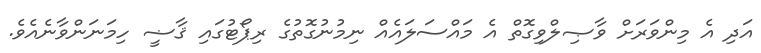
އަދި އެ މިންވަރަށް ވާޞިލްވިގޮތް އެ މައްސަލައެއް ނިމުނުގޮތުގެ ރިޕޯޓުގައި ޤާޟީ ހިމަނަންވާނެއެވެ.